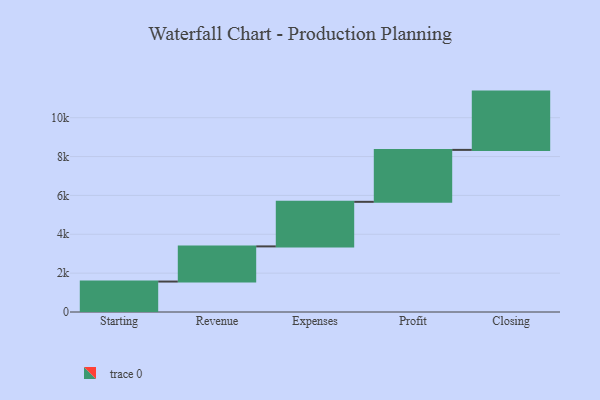
{"axis": {"x": "Step", "y": "Value"}, "legend": [""], "data": [{"x": "Starting", "y": 1567.0, "type": ""}, {"x": "Revenue", "y": 1809.0, "type": ""}, {"x": "Expenses", "y": 2294.0, "type": ""}, {"x": "Profit", "y": 2673.0, "type": ""}, {"x": "Closing", "y": 3000, "type": ""}]}